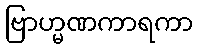
ဗြာဟ္မဏကာရကာ